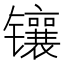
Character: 镶